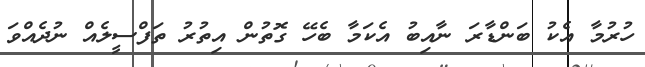
ހުރުމާ އެކު ބަންޑާރަ ނާއިބު އެކަމާ ބެހޭ ގޮތުން އިތުރު ތަފްސީލެއް ނުދެއްވަ